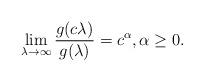
LaTeX: \begin{align*}\lim_{\lambda \to \infty} \frac{g(c\lambda)}{g(\lambda)} = c^\alpha, \alpha \geq 0.\end{align*}